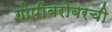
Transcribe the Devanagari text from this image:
गोपींबरोबरची